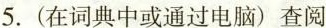
5.(在词典中或通过电脑)查阅